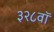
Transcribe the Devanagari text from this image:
३२८वॉ